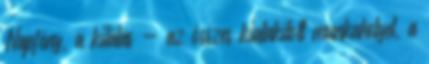
Napfény, a kilátás - az összes kialakított munkahelyet, a